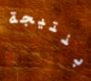
بنتيجة